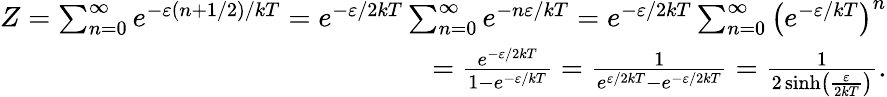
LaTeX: {\begin{array}{r}{Z=\sum_{n=0}^{\infty}e^{-\varepsilon\left(n+1/2\right)/kT}=e^{-\varepsilon/2kT}\sum_{n=0}^{\infty}e^{-n\varepsilon/kT}=e^{-\varepsilon/2kT}\sum_{n=0}^{\infty}\left(e^{-\varepsilon/kT}\right)^{n}}\\ {={\frac{e^{-\varepsilon/2kT}}{1-e^{-\varepsilon/kT}}}={\frac{1}{e^{\varepsilon/2kT}-e^{-\varepsilon/2kT}}}={\frac{1}{2\sinh\left({\frac{\varepsilon}{2kT}}\right)}}.}\end{array}}